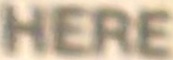
HERE